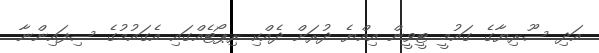
އަދި ސޫރިޔާގެ ގައުމީ ޓީވީން އިއްޔެ ދުރަށް ދެއްކި ރިޕޯޓެއްގައި އެގައުމުގެ ސިފައިންނާ